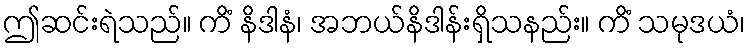
ဤဆင်းရဲသည်။ ကိံ နိဒါနံ၊ အဘယ်နိဒါန်းရှိသနည်း။ ကိံ သမုဒယံ၊